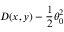
D ( x , y ) - \frac { 1 } { 2 } \theta _ { 0 } ^ { 2 }